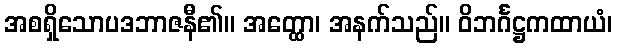
အစရှိသောပဒဘာဇနီ၏။ အတ္ထော၊ အနက်သည်။ ဝိဘင်္ဂဋ္ဌကထာယံ၊